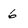
Character: 6